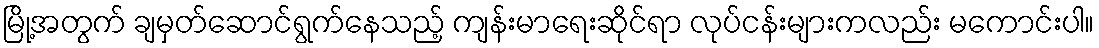
မြို့အတွက် ချမှတ်ဆောင်ရွက်နေသည့် ကျန်းမာရေးဆိုင်ရာ လုပ်ငန်းများကလည်း မကောင်းပါ။